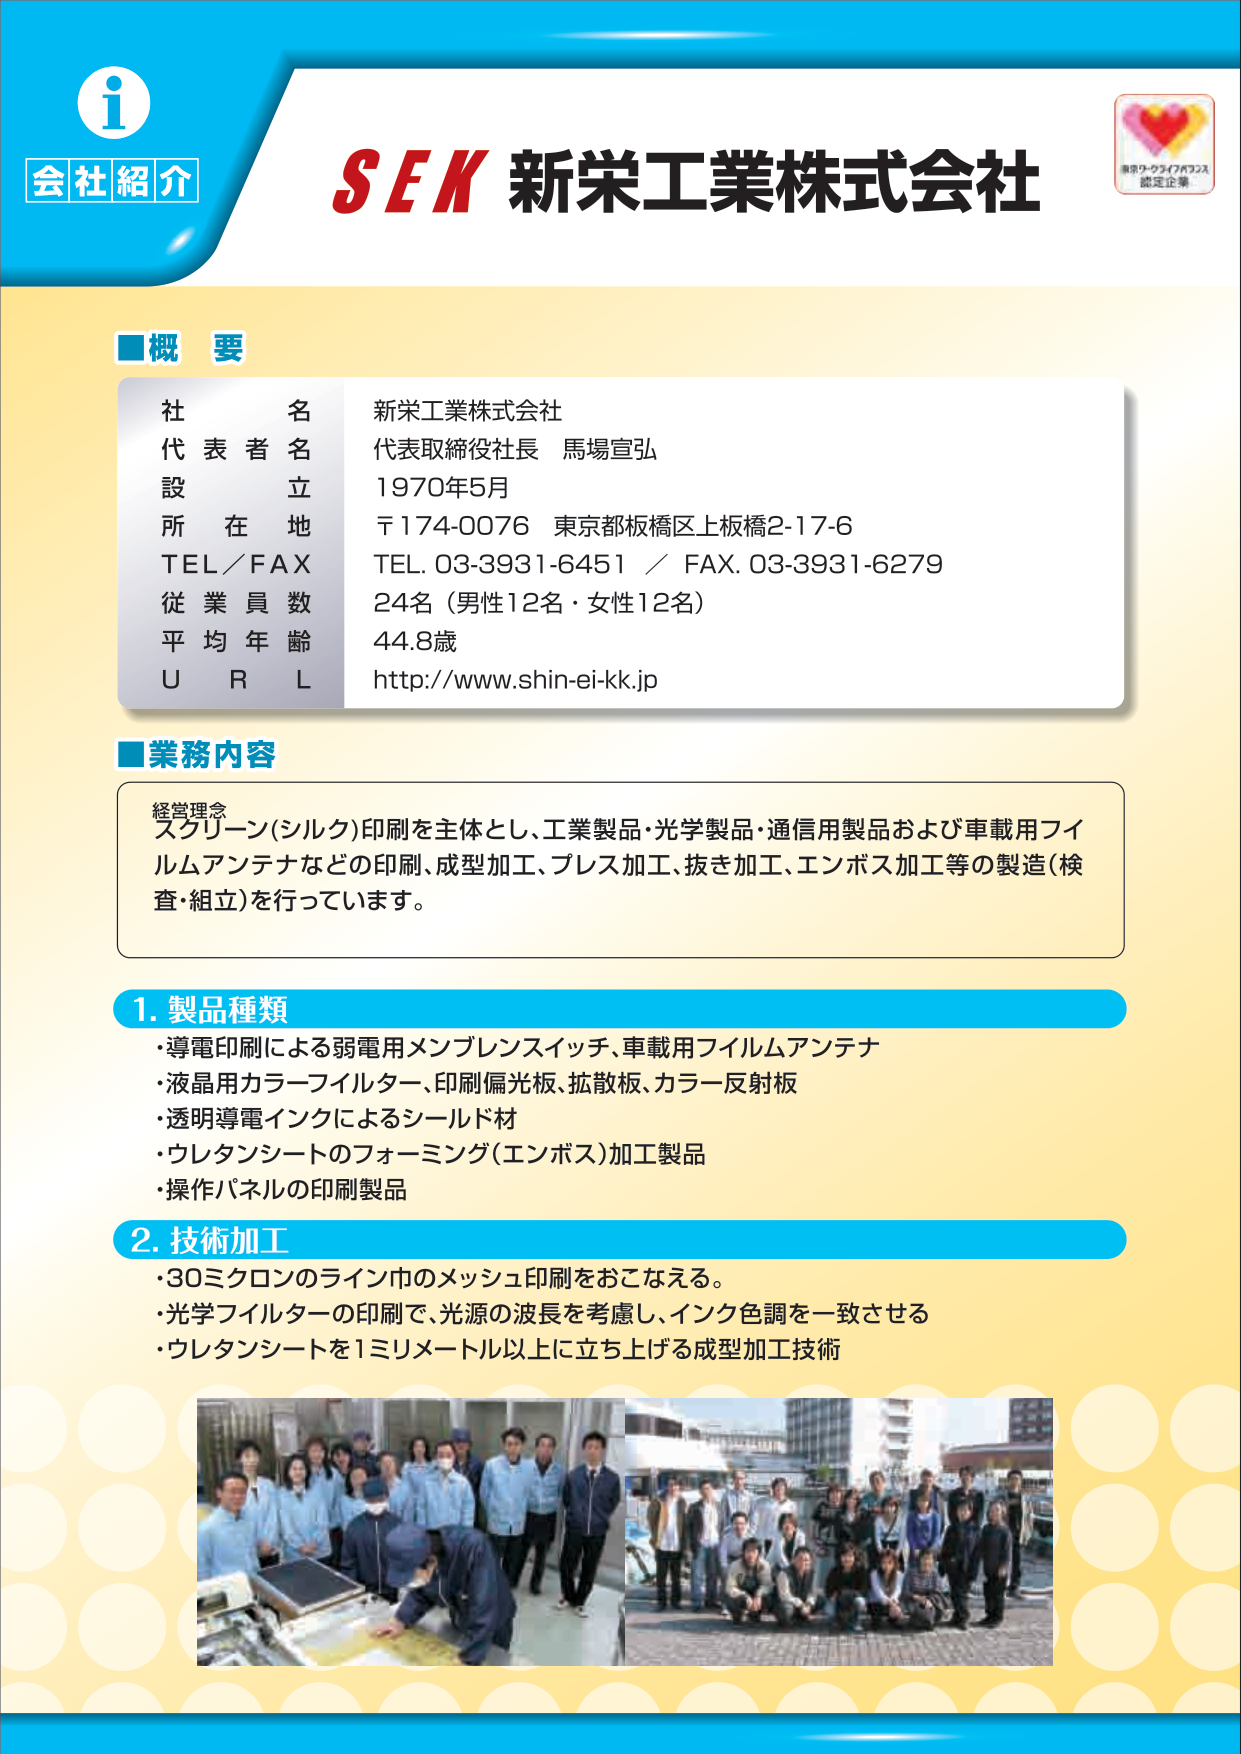
会社紹介
i
SEK 新栄工業株式会社
東京ワーキングライフバランス
認定企業

■概要
社名 新栄工業株式会社
代表者名 代表取締役社長 馬場宣弘
設立 1970年5月
所在地 〒174-0076 東京都板橋区上板橋2-17-6
TEL／FAX TEL. 03-3931-6451 ／ FAX. 03-3931-6279
従業員数 24名（男性12名・女性12名）
平均年齢 44.8歳
URL http://www.shin-ei-kk.jp

■業務内容
経営理念
スクリーン（シルク）印刷を主体とし、工業製品・光学製品・通信用製品および車載用フィルムアンテナなどの印刷、成型加工、プレス加工、抜き加工、エンボス加工等の製造（検査・組立）を行っています。

1. 製品種類
・導電印刷による弱電用メンブレンスイッチ、車載用フィルムアンテナ
・液晶用カラーフィルター、印刷偏光板、拡散板、カラー反射板
・透明導電インクによるシールド材
・ウレタンシートのフォーミング（エンボス）加工製品
・操作パネルの印刷製品

2. 技術加工
・30ミクロンのライン巾のメッシュ印刷をおこなえる。
・光学フィルターの印刷で、光源の波長を考慮し、インク色調を一致させる
・ウレタンシートを1ミリメートル以上に立ち上げる成型加工技術